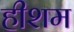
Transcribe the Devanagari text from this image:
हीशम